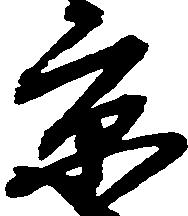
京